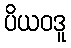
ပိယဝဒူ